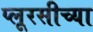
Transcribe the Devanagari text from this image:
प्लूरसीच्या